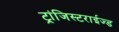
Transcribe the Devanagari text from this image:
ट्रांजिस्टराईज्ड